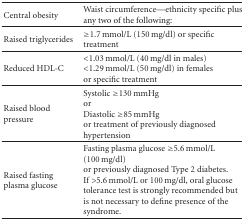
<table><thead><tr><td><b>Central obesity</b></td><td><b>Waist circumference—ethnicity specific plus any two of the following:</b></td></tr></thead><tbody><tr><td>Raised triglycerides</td><td>≥1.7 mmol/L (150 mg/dl) or specific treatment </td></tr><tr><td>Reduced HDL-C</td><td>&lt;1.03 mmol/L (40 mg/dl in males)&lt;1.29 mmol/L (50 mg/dl) in femalesor specific treatment</td></tr><tr><td>Raised blood pressure</td><td>Systolic ≥130 mmHg orDiastolic ≥85 mmHg or treatment of previously diagnosed hypertension</td></tr><tr><td>Raised fasting plasma glucose</td><td>Fasting plasma glucose ≥5.6 mmol/L (100 mg/dl) or previously diagnosed Type 2 diabetes. If &gt;5.6 mmol/L or 100 mg/dl, oral glucose tolerance test is strongly recommended but is not necessary to define presence of the syndrome.</td></tr></tbody></table>